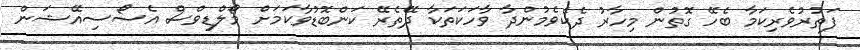
ފަތުރުވެރިކަމާ ބެހޭ ގޮތުން މިހާރު ދެކެވެމުންދާ ވާހަކަތަކާ ދޭތެރޭ ކަންބޮޑުވާކަމަށް މޯލްޑިވްސް އެސޯސިއޭޝަން